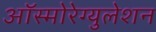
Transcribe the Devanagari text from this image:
ऑस्मोरेग्युलेशन